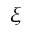
\xi